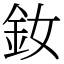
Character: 釹